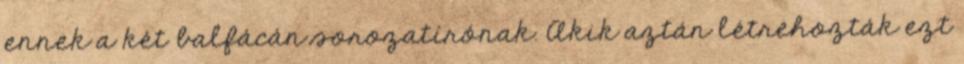
ennek a két balfácán sorozatírónak. Akik aztán létrehozták ezt